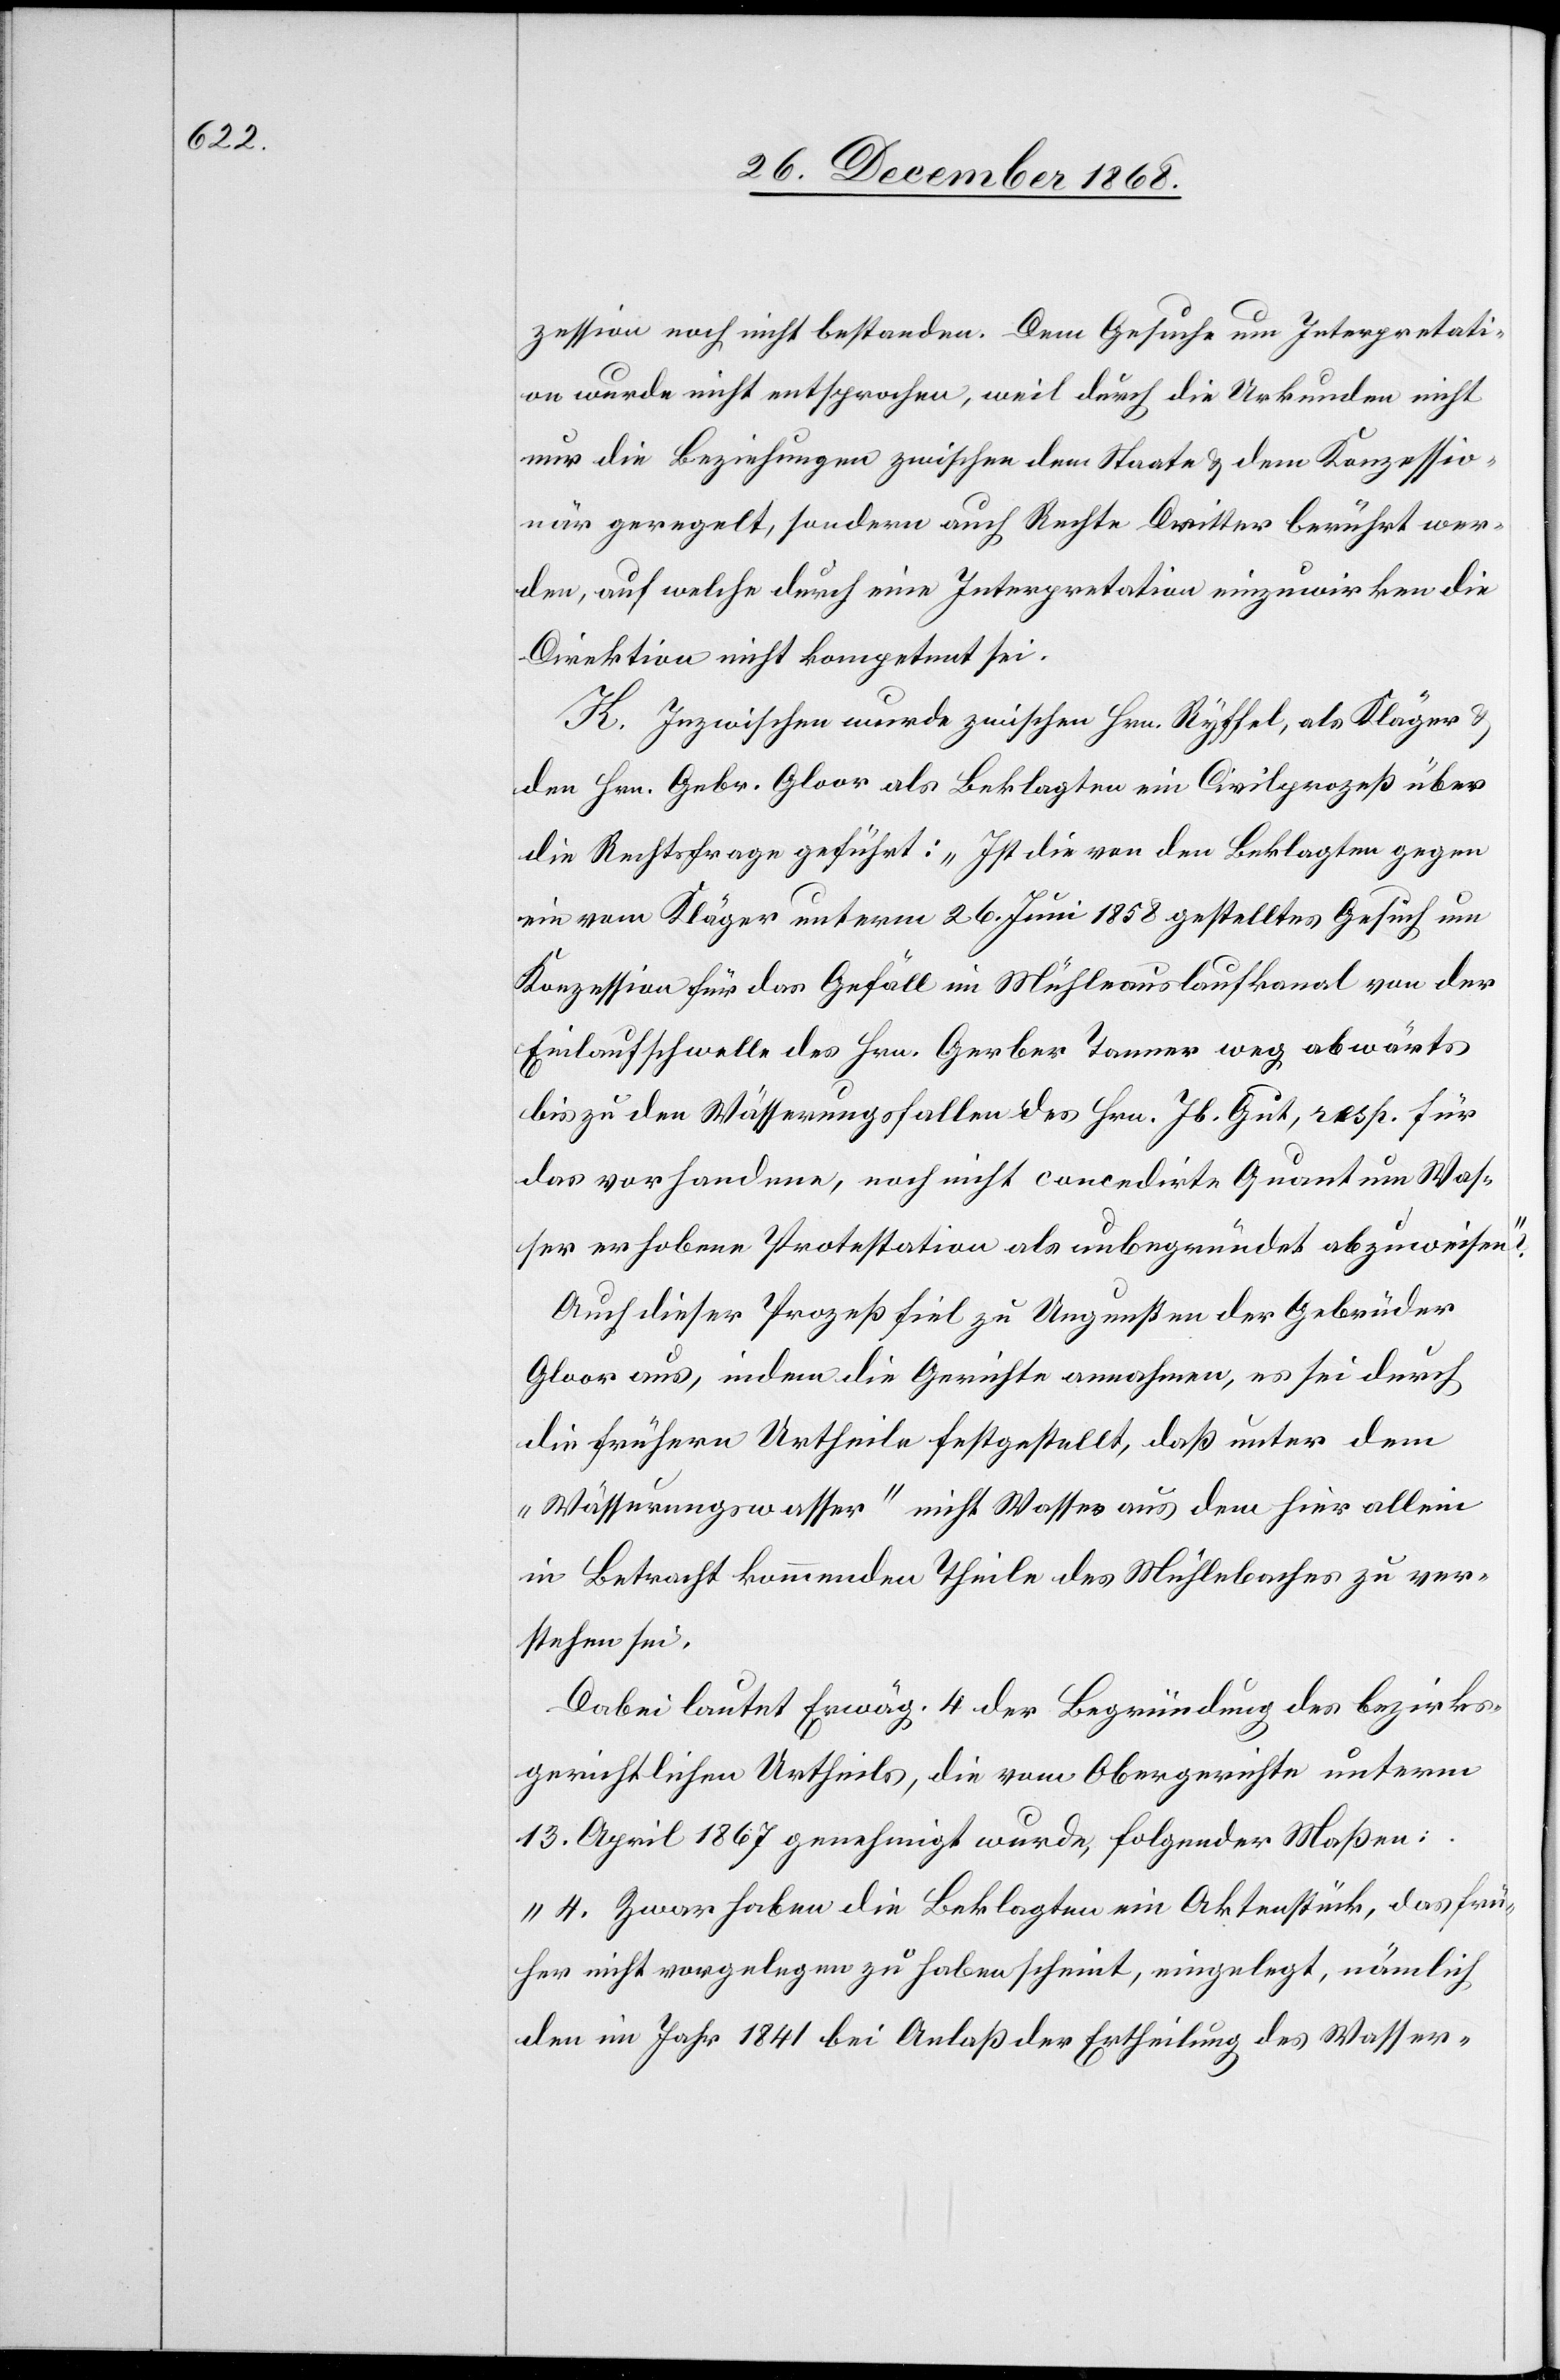
zession noch nicht bestanden. Dem Gesuche um Interpretati¬
on wurde nicht entsprochen, weil durch die Urkunden nicht
nur die Beziehungen zwischen dem Staate & dem Konzessio¬
när geregelt, sondern auch Rechte Dritter berührt wer¬
den, auf welche durch eine Interpretation einzuwirken die
Direktion nicht kompetent sei.
K. Inzwischen wurde zwischen Hrn. Ryffel, als Kläger &
den Hrn. Gebr. Gloor als Beklagten ein Civilprozeß über
die Rechtsfrage geführt: „Ist die von den Beklagten gegen
ein vom Kläger unterm 26. Juni 1858 gestelltes Gesuch um
Konzession für das Gefäll im Mühleauslaufkanal von der
Einlaufschwelle des Hrn. Gerber Tanner weg abwärts
bis zu den Wässerungsfallen des Hrn. Jb. Gut, resp. für
das vorhandene, noch nicht concedirte Quantum Was¬
ser erhobene Protestation als unbegründet abzuweisen?“
Auch dieser Prozeß fiel zu Ungunsten der Gebrüder
Gloor aus, indem die Gerichte annahmen, es sei durch
die frühern Urtheile festgestellt, daß unter dem
„Wässerungswasser“ nicht Wasser aus dem hier allein
in Betracht kommenden Theile des Mühlebaches zu ver¬
stehen sei.
Dabei lautet Erwäg. 4 der Begründung des bezirks¬
gerichtlichen Urtheils, die vom Obergerichte unterm
13. April 1867 genehmigt wurde, folgender Maßen:
„4. Zwar haben die Beklagten ein Aktenstück, das frü¬
her nicht vorgelegen zu haben scheint, eingelegt, nämlich
den im Jahr 1841 bei Anlaß der Ertheilung des Wasser-